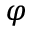
\varphi